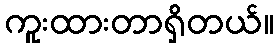
ကူးထားတာရှိတယ်။